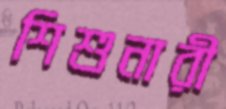
শিশুনারী